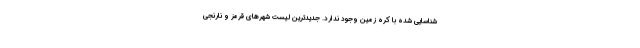
شناسایی شده با کره زمین وجود ندارد. جدیدترین لیست شهرهای قرمز و نارنجی